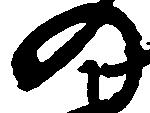
の